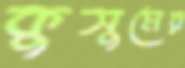
কুসুমের